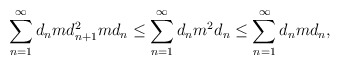
\begin{align*} \sum_{n=1}^\infty d_n m d_{n+1}^2 m d_n \leq \sum_{n=1}^\infty d_n m^2 d_n \leq \sum_{n=1}^\infty d_n m d_n, \end{align*}